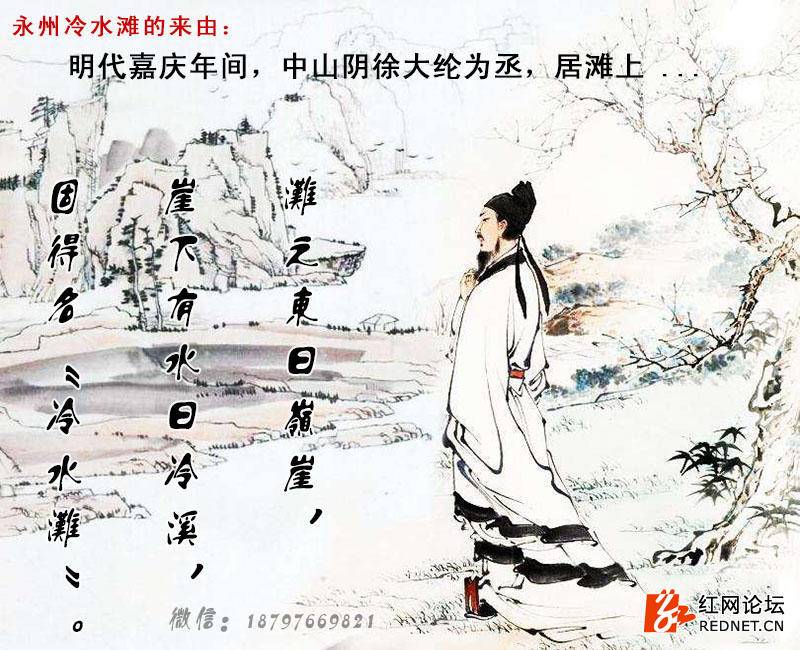
昔在零陵厌，神器若无依。